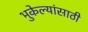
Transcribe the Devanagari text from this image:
भुकेल्यांसाठी